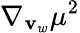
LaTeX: \nabla_{\mathbf{v}_{w}}\mu^{2}